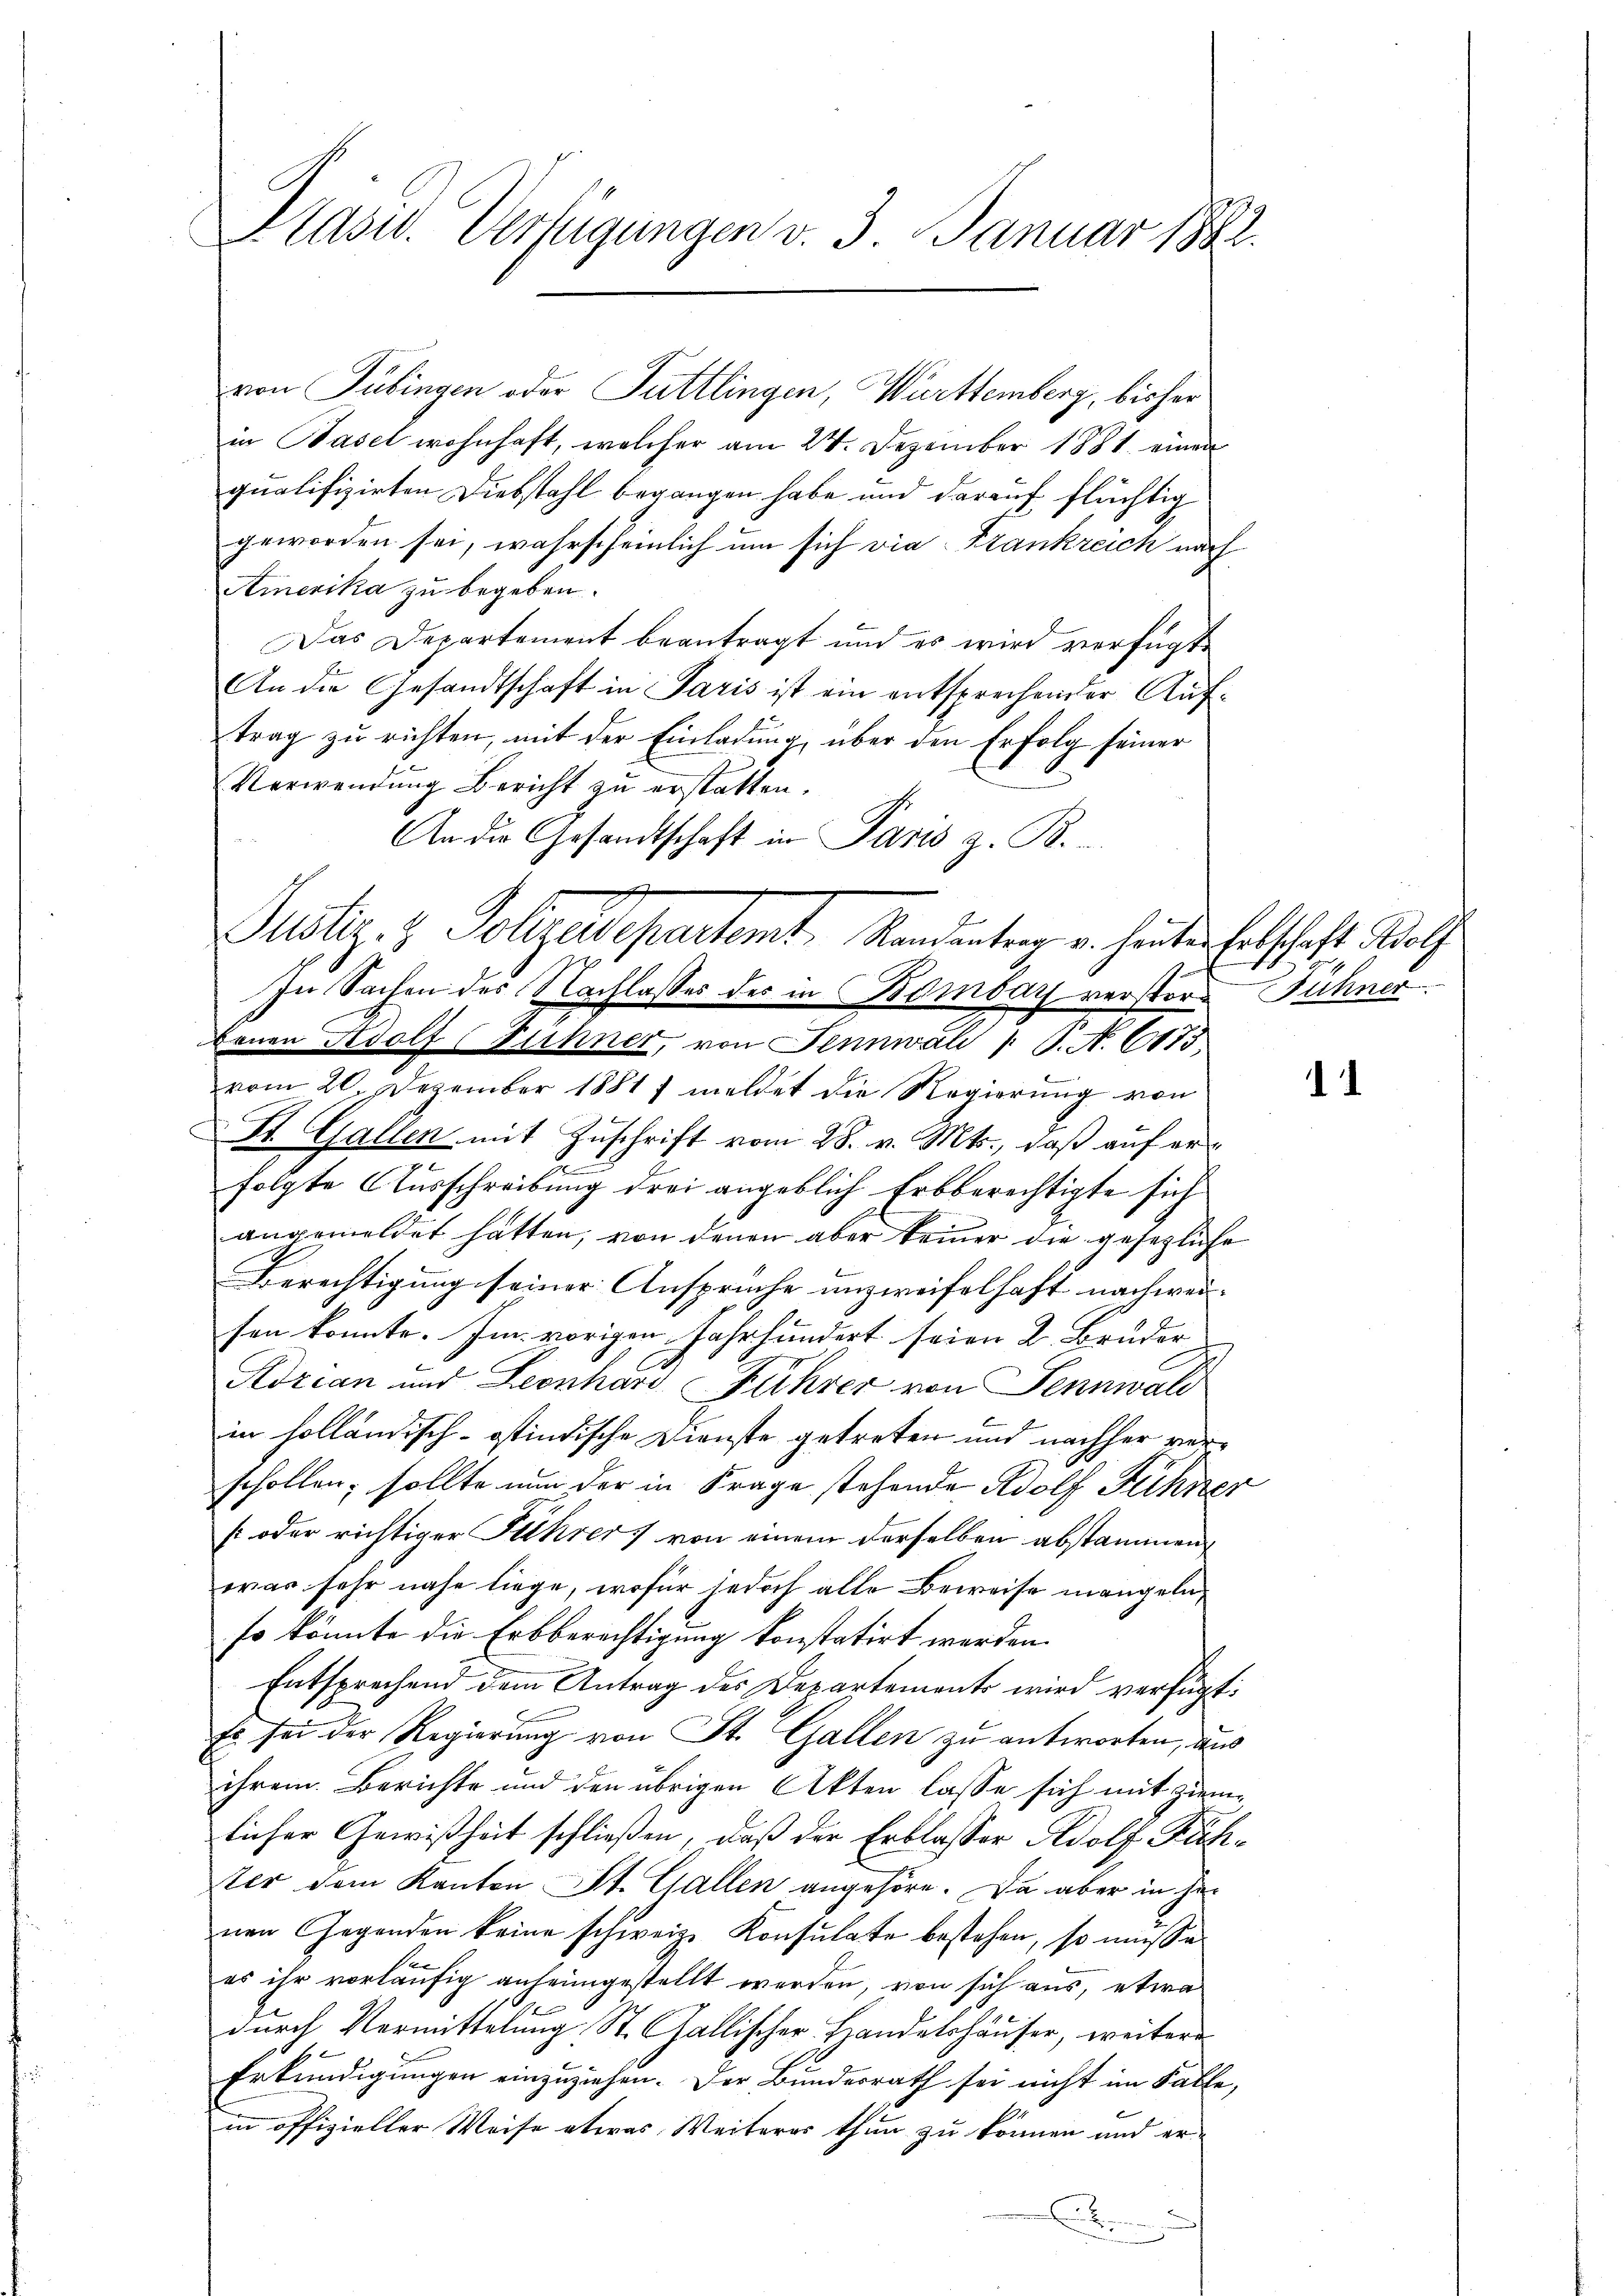
Plasw. Verfügungen v. 3. Januar 1882.

in Basel wohnhaft, welcher am 24. Dezember 1881 einen
qualifizirten Diebstahl begangen habe und darauf flüchtig
geworden sei, wahrscheinlich um sich vie Frankreich nach
Amerika zu begeben.
Das Departement beantragt und es wird verfügt
An die Gesandtschaft in Paris ist ein entsprechender Auftrag zu richten, mit der Einladung, über den Erfolg seiner
Verwendung Bericht zu erstatten.
An die Gesandtschaft in Paris z. B.
benen Adolf (Fühner, von Sennwal 1 S. N. 6173.
vom 20. Dezember 1881] meldet die Regierung von
St. Gallen mit Zuschrift vom 28. v. Mts., daß auf ere
folgte Ausschreibung drei angeblich Erbberechtigte sich
angemeldet hatten, von denen aber keiner die gesetzliche
Berechtigung seiner Ansprüche unzweifelhaft nachweisen konnte. Im vorigen Jahrhundert seien 2. Bruder
Adrian und Leonhard Führer von Sennwald
in holländisch-ostindische Dienste getreten und nachher verschollen; sollte nun der in Frage stehende Adolf Fühner
s oder richtiger Führer von einem derselben abstammen,
was sehr nahe liege, wofür jedoch alle Beweise mangeln,
so könnte die Erbberechtigung konstatirt werden.
Entsprechend dem Antrag des Departements wird verfügt:
Es sei der Regierung von St. Gallen zu antworten, aus
ihrem Berichte und den übrigen Akten lasse sich mit ziemlicher Gewißheit schließen, daß der Erblasser Adolf Rich¬
Uhr dem Kanton St. Gallen angehöre. Da aber in jenen Gegenden keine schweiz. Konsulate bestehen, so müsse
es ihr vorläufig anheimgestellt werden, von sich aus, etwa
durch Vormittelung, St. Gallischer Handelshäuser, weitere
6
Erkundigungen einzuziehen. Der Bundesrath sei nicht im Falle,
in offizieller Weise etwas Weiteres thun zu können und er¬
.

von Tübingen oder Tuttlingen, Württemberg, bisher

Justiz- & Polizendepartemt, Standentrag u. hinden Entschaft Wolf
In Sachen des Nachlasses des in Bombar verstor Fühner

11